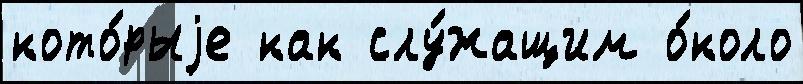
кото́рыjе как слу́жащим о́коло